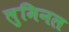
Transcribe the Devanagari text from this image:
लुमिनल